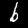
Label: 6